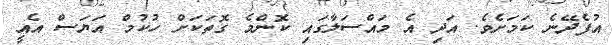
އުފެދޭނެ ކަމަށެވެ. އަދި އެ މައްސަލާގައި ކޮންމެ ގޮތަކަށް ހުކުމް އަޔަސް އެއީ